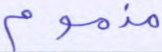
مذموم